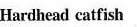
Hardhead catfish